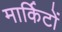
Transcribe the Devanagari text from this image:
मार्किटों